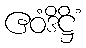
ဧဝံဒိဋ္ဌိံ